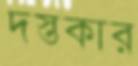
দস্তকার